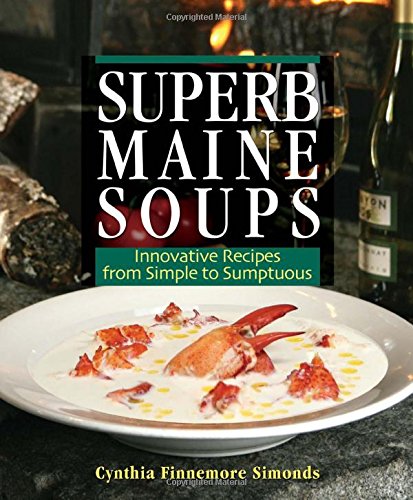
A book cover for Superb Maine Soups: Innovative Recipes from Simple to Sumptuous; Cynthia Finnemore Simonds; Cookbooks, Food & Wine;